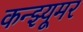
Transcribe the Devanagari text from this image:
कन्झ्यूमर